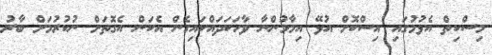
މިސްކިތް އެޅުމުގައި އިސްކޮށް އުޅޭ އިމާމުންނާ ވާހަކަދައްކައިގެން އެކަން އެގޮތަށް ނުކުރުމަށް ބާރު